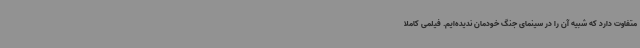
متفاوت دارد که شبیه آن را در سینمای جنگ خودمان ندیده‌ایم. فیلمی کاملا